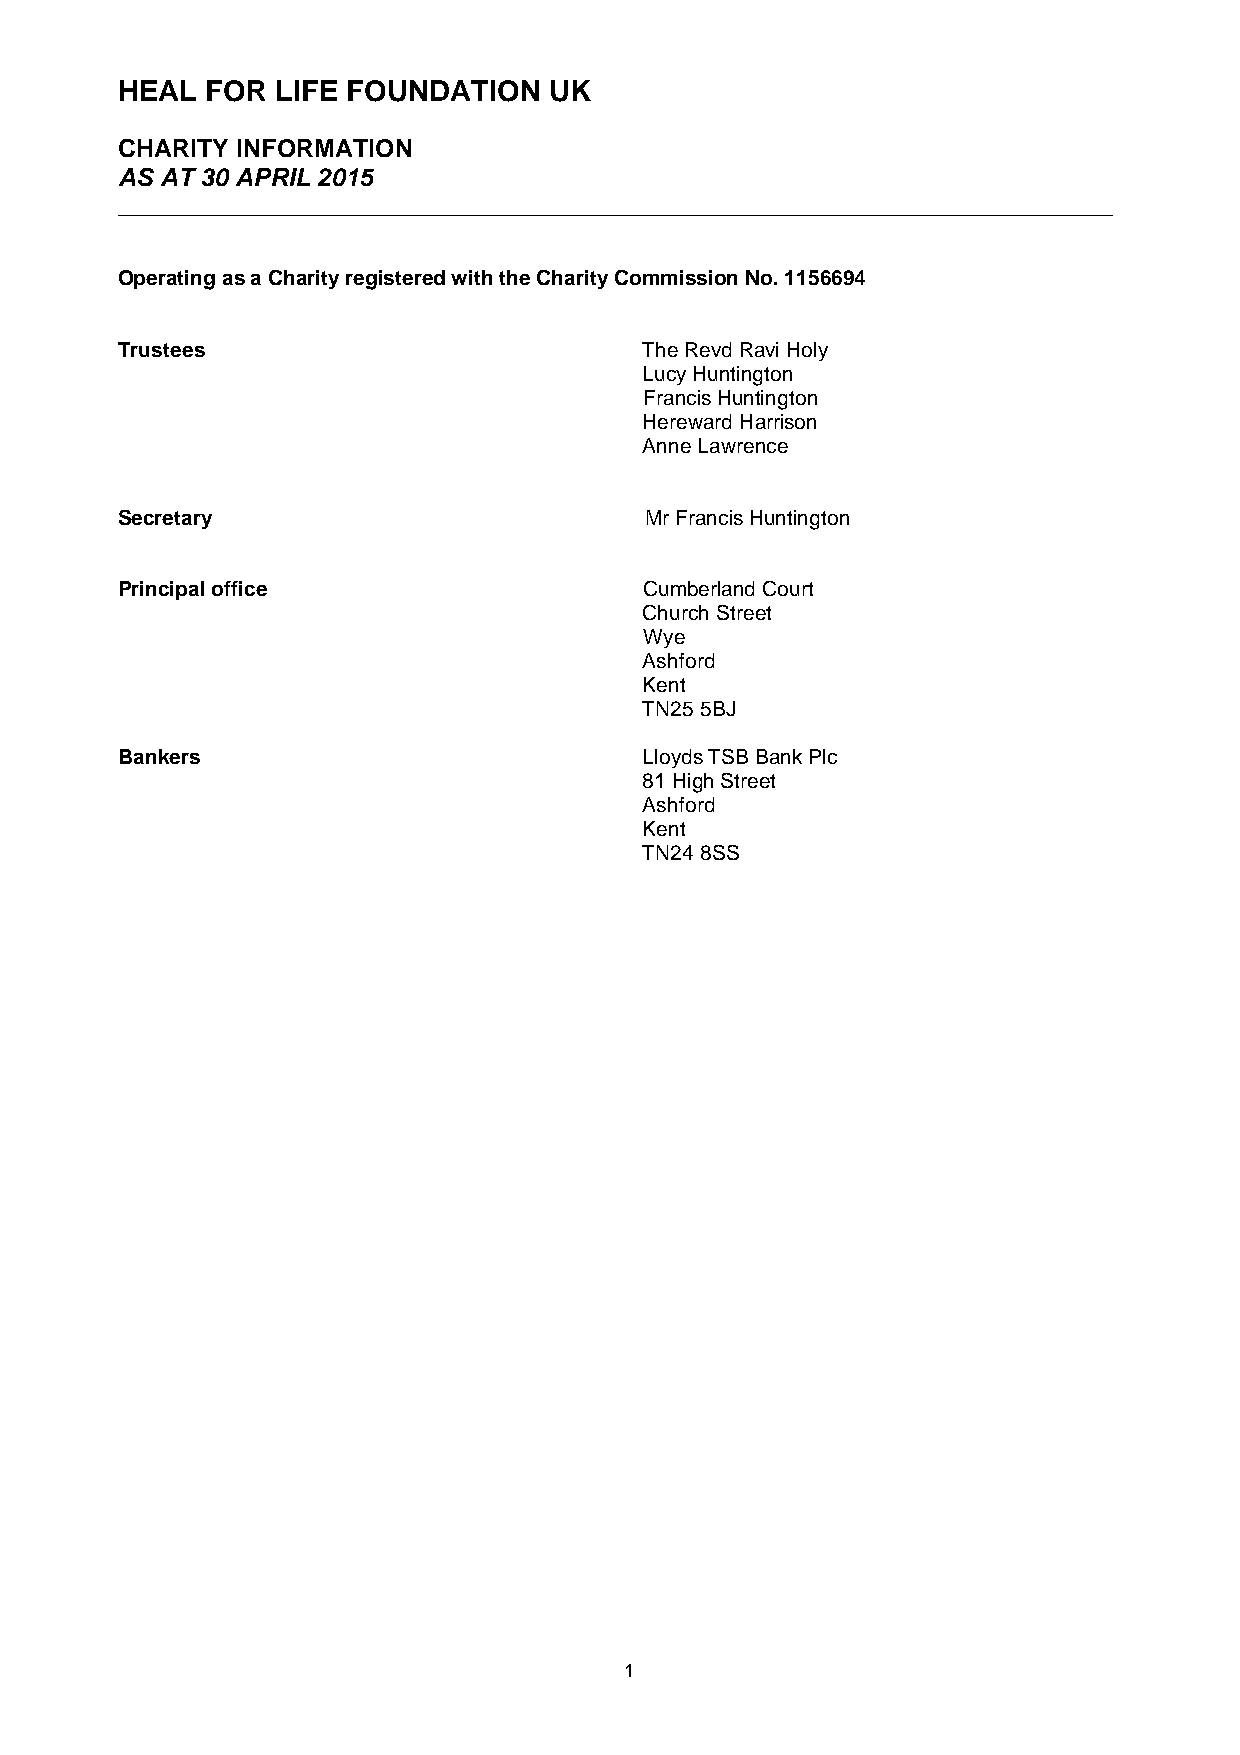
HEAL  FOR LIFE FOUNDATION   UK
 CHARITY INFORMATION
 AS AT 30 APRIL 2015
 ______________________________________________________________________________
 Operating as a Charity registered with the Charity Commission No. 1156694
 Trustees                           The Revd Ravi Holy
 Lucy Huntington
 Francis Huntington
 Hereward Harrison
 Anne Lawrence
 Secretary                          Mr Francis Huntington
 Principal office                   Cumberland Court
 Church Street
 Wye
 Ashford
 Kent
 TN25 5BJ
 Bankers                            Lloyds TSB Bank Plc
 81 High Street
 Ashford
 Kent
 TN24 8SS
 1